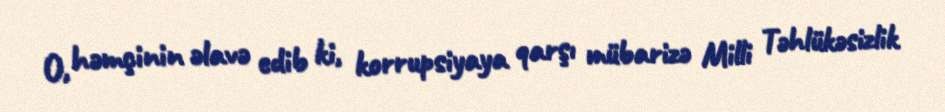
O, həmçinin əlavə edib ki, korrupsiyaya qarşı mübarizə Milli Təhlükəsizlik